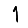
Digit: 1